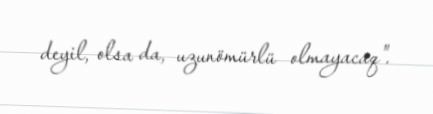
deyil, olsa da, uzunömürlü olmayacaq".